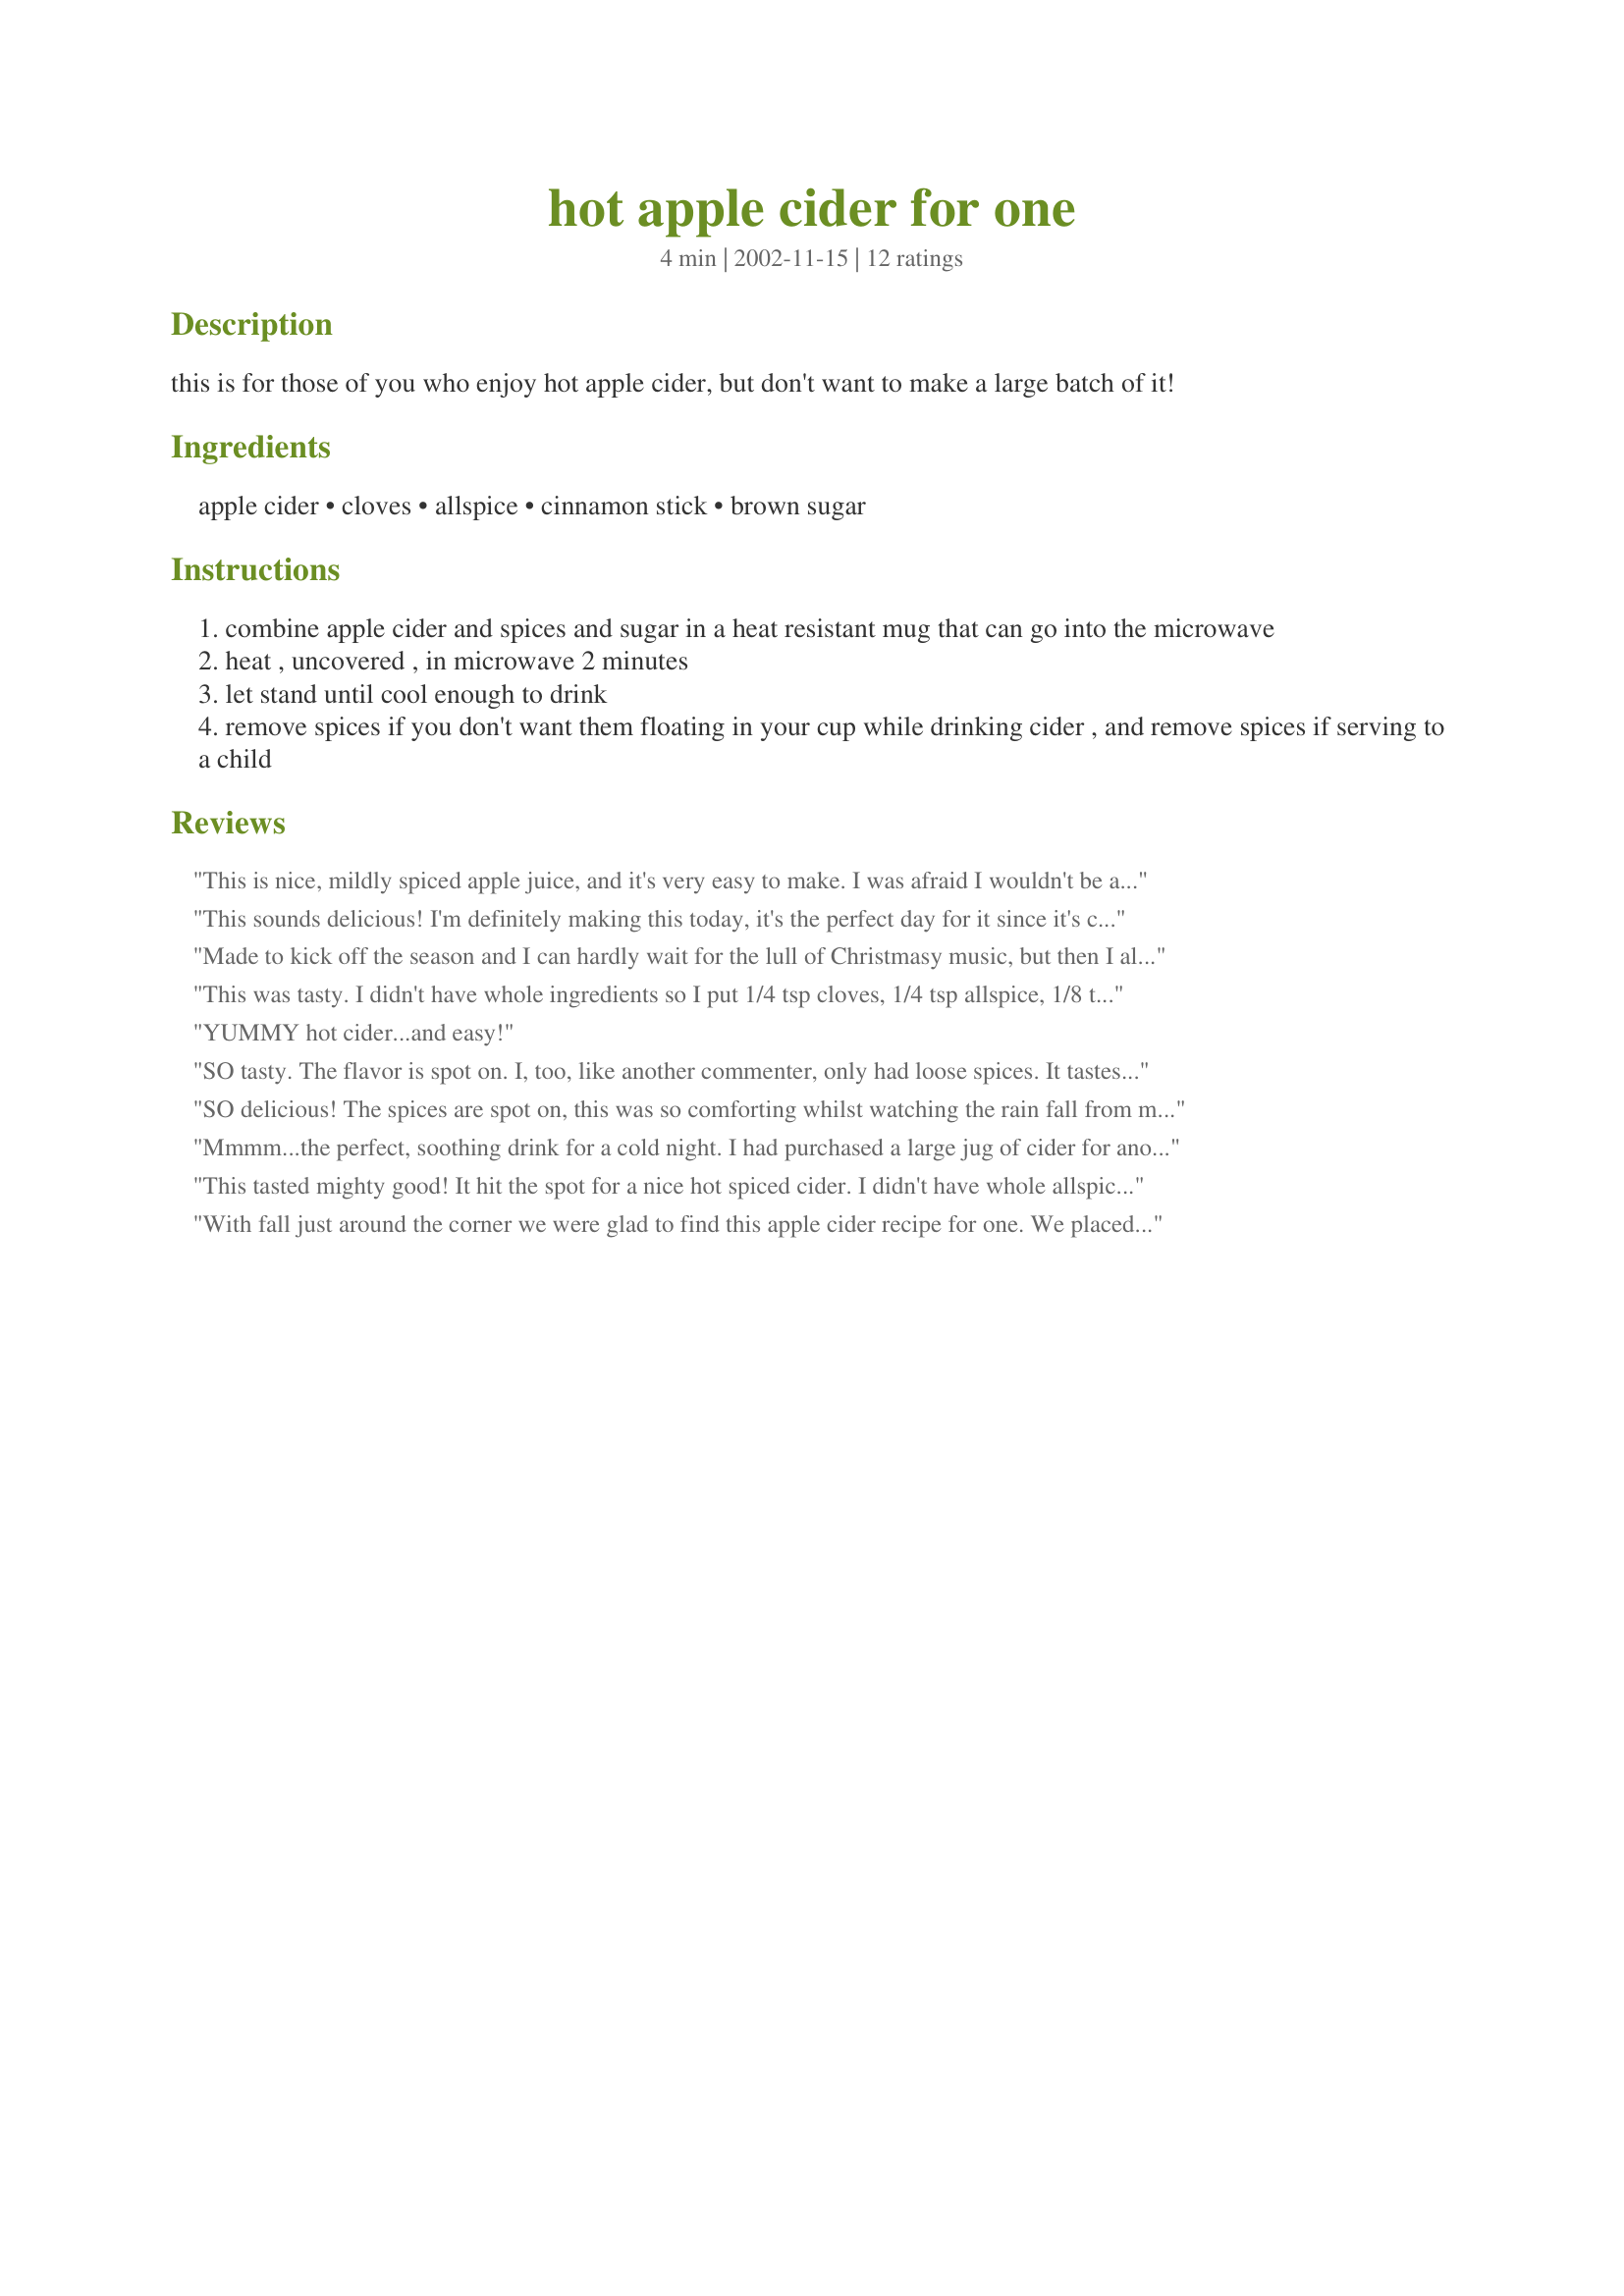
hot apple cider for one
Preparation time: 4 minutes

this is for those of you who enjoy hot apple cider, but don't want to make a large batch of it!

Ingredients:
apple cider, cloves, allspice, cinnamon stick, brown sugar

Steps:
combine apple cider and spices and sugar in a heat resistant mug that can go into the microwave
heat , uncovered , in microwave 2 minutes
let stand until cool enough to drink
remove spices if you don't want them floating in your cup while drinking cider , and remove spices if serving to a child

Reviews:
This is nice, mildly spiced apple juice, and it's very easy to make. I was afraid I wouldn't be able to taste the spices, so crushed them roughly before adding them to the cup. Followed the directions otherwise, did need to strain afterward. The spice flavor was good, I thought, not too weak but not too strong. Thank you for posting this.
This sounds delicious! I'm definitely making this today, it's the perfect day for it since it's cold and windy.
Made to kick off the season and I can hardly wait for the lull of Christmasy music, but then I always did like to plan ahead.
This was tasty. I didn't have whole ingredients so I put 1/4 tsp cloves, 1/4 tsp allspice, 1/8 tsp cinnamon, and 1 tsp brown sugar in a tea bag. I put the tea bag in the apple juice, microwaved for 2 min, then let it steep for 3 additional minutes. Perfect when you want something hot but different than tea or coffee. Thanks for the idea!
YUMMY hot cider...and easy!
SO tasty. The flavor is spot on. I, too, like another commenter, only had loose spices. It tastes bitter if you don&#039;t strain them out. What I did, was fashion a tea bag out of a coffee filter, and then followed the other review precisely. I&#039;ll copy and paste it: &quot;1/4 tsp cloves, 1/4 tsp allspice, 1/8 tsp cinnamon, and 1 tsp brown sugar in a tea bag. I put the tea bag in the apple juice, microwaved for 2 min, then let it steep for 3 additional minutes.&quot;&lt;br/&gt;&lt;br/&gt;&lt;br/&gt;So delicious! Perfect for the chillier weather. And so simple!
SO delicious! The spices are spot on, this was so comforting whilst watching the rain fall from my kitchen!! Ridiculously easy to make and honestly wonderful. New favourite Apple cider!
Mmmm...the perfect, soothing drink for a cold night. I had purchased a large jug of cider for another recipe and was looking for more uses. This recipe surfaced, and I am very pleased to have found it. The spices are subtle, yet the overall flavor is excellent. My kitchen smelled wonderful as it brewed. I did save the strained spices to add to my pot of fragrance simmering on the stove...double duty. :)
This tasted mighty good! It hit the spot for a nice hot spiced cider. I didn't have whole allspice,so used powdered and strained the cider into the cup. Thanks Christine!
With fall just around the corner we were glad to find this apple cider recipe for one. We placed the spices into a tea infuser ball and placed it in the mug. We waited until it was JUST RIGHT then, voila a perfect cup of hot cider.
This was great, especially since I'm the only one in the house that really likes cider, but I hate doing a pot of it. This recipe is easy to double for when I actually have company too, if you up the cooking time a little.
This cider tasted good. It is a very quick recipe when you are the only one who wants hot cider. The only thing I had to do different was to shorten the microwave time because mine boil over at 2 minutes. 

Thanks Christine NJ

Bullwinkle
